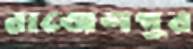
রাজেশপুর